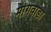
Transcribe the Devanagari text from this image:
मांगवाडा